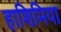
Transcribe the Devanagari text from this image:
हाशिमिया